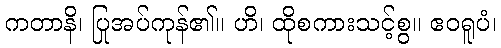
ကတာနိ၊ ပြုအပ်ကုန်၏။ ဟိ၊ ထိုစကားသင့်စွ။ ဧဝရူပံ၊